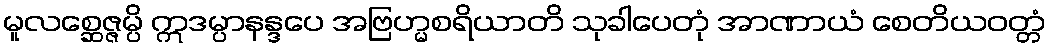
မူလစ္ဆေဇ္ဇမ္ပိ ဣဒမ္ပာနန္ဒပေ အဗြဟ္မစရိယာတိ သုခါပေတုံ အာဏာယံ စေတိယဝတ္တံ